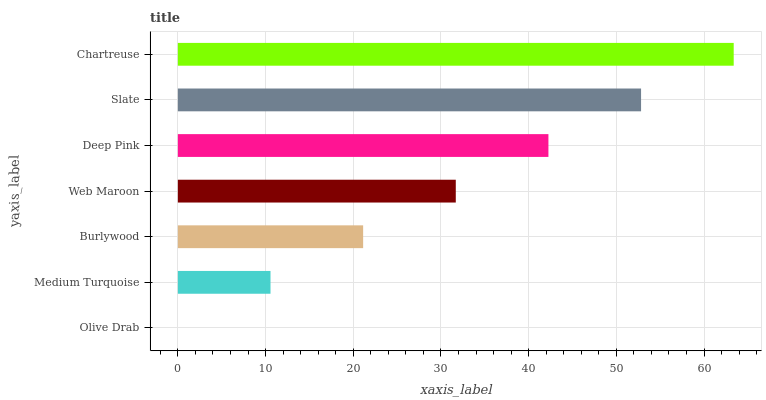
| yaxis_label | bars |
 | --- | --- |
 | Olive Drab | 0 |
 | Medium Turquoise | 10.6 |
 | Burlywood | 21.1 |
 | Web Maroon | 31.7 |
 | Deep Pink | 42.3 |
 | Slate | 52.8 |
 | Chartreuse | 63.4 |